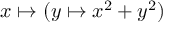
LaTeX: x \mapsto ( y \mapsto x ^ { 2 } + y ^ { 2 } )